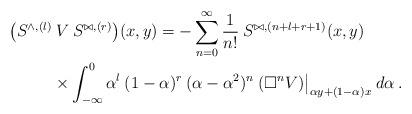
LaTeX: \begin{align*}\big(S^{\wedge, (l)}& \:V\: S^{\bowtie, (r)} \big)(x,y) = - \sum_{n=0}^\infty \frac{1}{n!}\:S^{\bowtie, (n+l+r+1)}(x,y) \\& \times \int_{-\infty}^0 \alpha^{l} \:(1-\alpha)^r\:(\alpha - \alpha^2)^n \: (\Box^n V) \big|_{\alpha y + (1-\alpha) x} \:d\alpha \:. \end{align*}